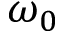
\omega _ { 0 }